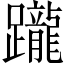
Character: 躘